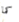
كما